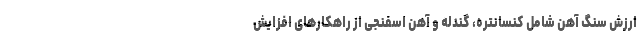
ارزش سنگ آهن شامل کنسانتره، گندله و آهن اسفنجی از راهکارهای افزایش